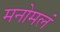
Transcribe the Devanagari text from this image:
मनोमलं